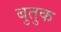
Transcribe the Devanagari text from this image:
बुतुक